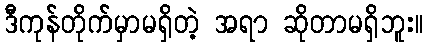
ဒီကုန်တိုက်မှာမရှိတဲ့ အရာ ဆိုတာမရှိဘူး။